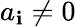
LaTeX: a_{\mathbf{i}}\neq0